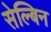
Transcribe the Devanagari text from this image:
सेल्बिन